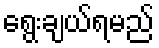
ရွေးချယ်ရမည်